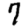
Digit: 7